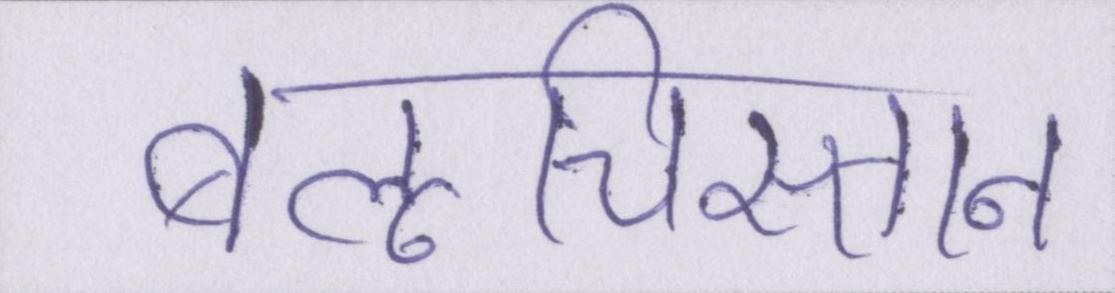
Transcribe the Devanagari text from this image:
बलूचिस्तान